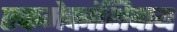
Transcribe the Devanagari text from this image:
एकमेकांशिवाय